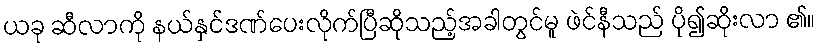
ယခု ဆီလာကို နယ်နှင်ဒဏ်ပေးလိုက်ပြီဆိုသည့်အခါတွင်မူ ဖဲင်နီသည် ပို၍ဆိုးလာ ၏။